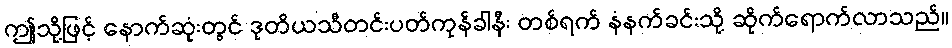
ဤသို့ဖြင့် နောက်ဆုံးတွင် ဒုတိယသီတင်းပတ်ကုန်ခါနီး တစ်ရက် နံနက်ခင်းသို့ ဆိုက်ရောက်လာသည်။